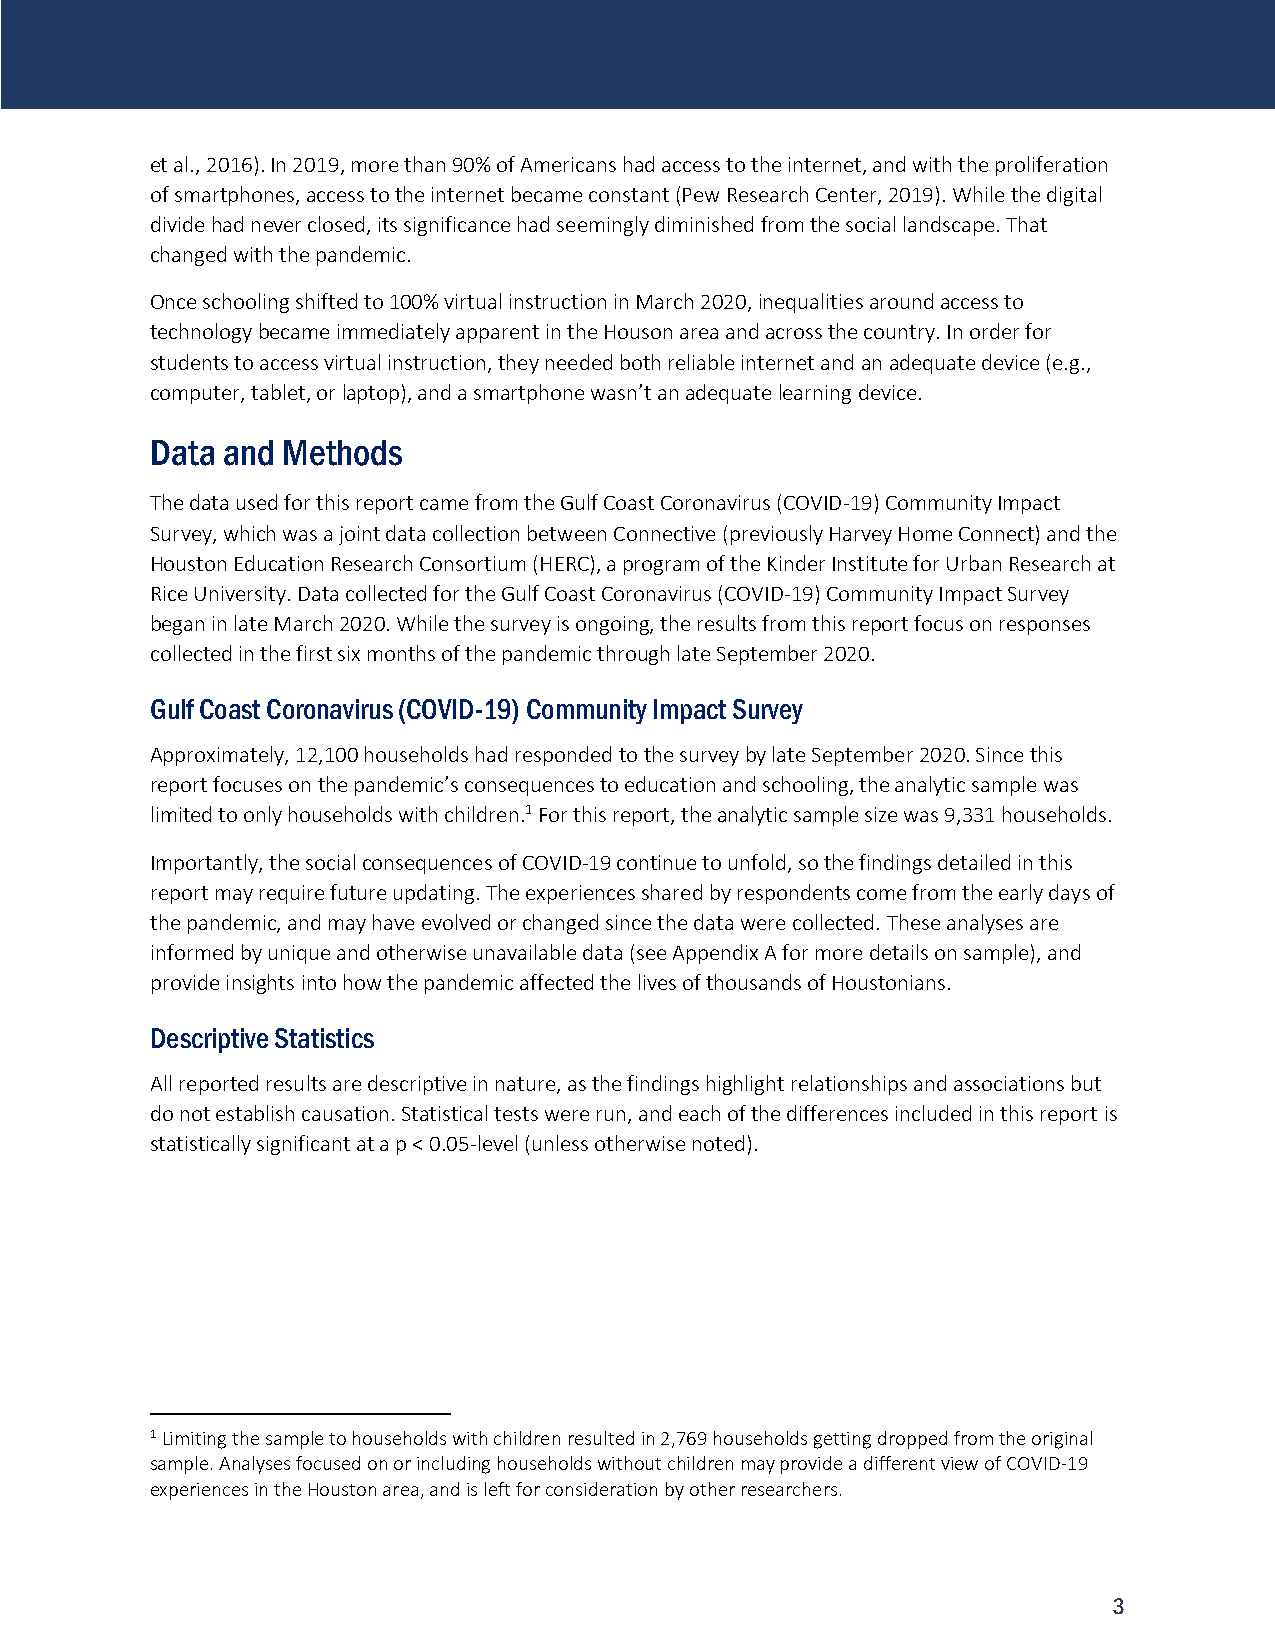
et al., 2016). In 2019, more than 90% of Americans had access to the internet, and with the proliferation
 of smartphones, access to the internet became constant (Pew Research Center, 2019). While the digital
 divide had never closed, its significance had seemingly diminished from the social landscape. That
 changed with the pandemic.
 Once schooling shifted to 100% virtual instruction in March 2020, inequalities around access to
 technology became immediately apparent in the Houson area and across the country. In order for
 students to access virtual instruction, they needed both reliable internet and an adequate device (e.g.,
 computer, tablet, or laptop), and a smartphone wasn’t an adequate learning device.
 Data and Methods
 The data used for this report came from the Gulf Coast Coronavirus (COVID-19) Community Impact
 Survey, which was a joint data collection between Connective (previously Harvey Home Connect) and the
 Houston Education Research Consortium (HERC), a program of the Kinder Institute for Urban Research at
 Rice University. Data collected for the Gulf Coast Coronavirus (COVID-19) Community Impact Survey
 began in late March 2020. While the survey is ongoing, the results from this report focus on responses
 collected in the first six months of the pandemic through late September 2020.
 Gulf Coast Coronavirus (COVID-19) Community Impact Survey
 Approximately, 12,100 households had responded to the survey by late September 2020. Since this
 report focuses on the pandemic’s consequences to education and schooling, the analytic sample was
 limited to only households with children.1 For this report, the analytic sample size was 9,331 households.
 Importantly, the social consequences of COVID-19 continue to unfold, so the findings detailed in this
 report may require future updating. The experiences shared by respondents come from the early days of
 the pandemic, and may have evolved or changed since the data were collected. These analyses are
 informed by unique and otherwise unavailable data (see Appendix A for more details on sample), and
 provide insights into how the pandemic affected the lives of thousands of Houstonians.
 Descriptive Statistics
 All reported results are descriptive in nature, as the findings highlight relationships and associations but
 do not establish causation. Statistical tests were run, and each of the differences included in this report is
 statistically significant at a p < 0.05-level (unless otherwise noted).
 1 Limiting the sample to households with children resulted in 2,769 households getting dropped from the original
 sample. Analyses focused on or including households without children may provide a different view of COVID-19
 experiences in the Houston area, and is left for consideration by other researchers.
 3